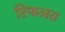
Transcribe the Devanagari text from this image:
रिफअत